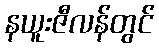
နယူးဇီလန်တွင်